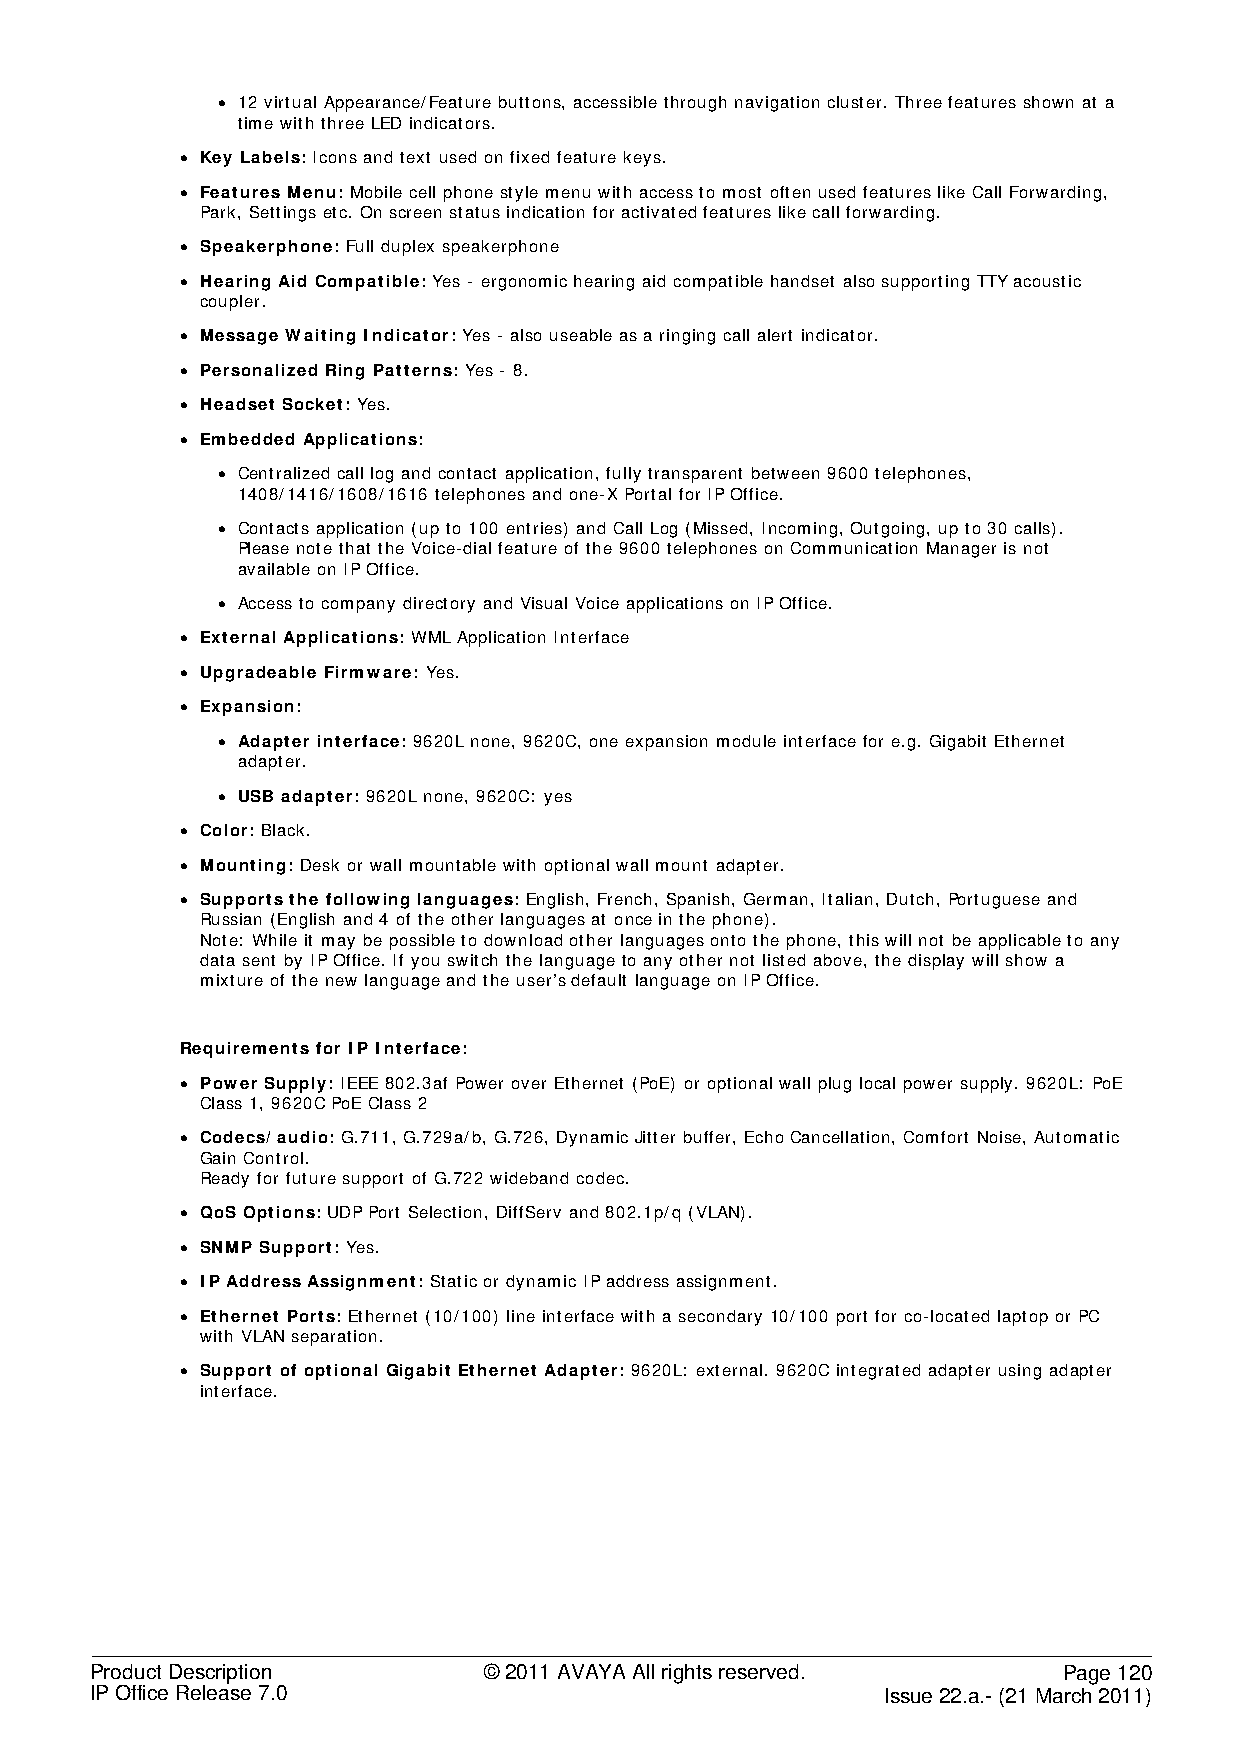
• 12 virtual Appearance/Feature buttons, accessible through navigation cluster. Three features shown at a
 time with three LED indicators.
 • Key Labels: Icons and text used on fixed feature keys.
 • Features Menu: Mobile cell phone style menu with access to most often used features like Call Forwarding,
 Park, Settings etc. On screen status indication for activated features like call forwarding.
 • Speakerphone: Full duplex speakerphone
 • Hearing Aid Compatible: Yes - ergonomic hearing aid compatible handset also supporting TTY acoustic
 coupler.
 • Message Waiting Indicator: Yes - also useable as a ringing call alert indicator.
 • Personalized Ring Patterns: Yes - 8.
 • Headset Socket: Yes.
 • Embedded Applications:
 • Centralized call log and contact application, fully transparent between 9600 telephones,
 1408/1416/1608/1616 telephones and one-X Portal for IP Office.
 • Contacts application (up to 100 entries) and Call Log (Missed, Incoming, Outgoing, up to 30 calls).
 Please note that the Voice-dial feature of the 9600 telephones on Communication Manager is not
 available on IP Office.
 • Access to company directory and Visual Voice applications on IP Office.
 • External Applications: WML Application Interface
 • Upgradeable Firmware: Yes.
 • Expansion:
 • Adapter interface: 9620L none, 9620C, one expansion module interface for e.g. Gigabit Ethernet
 adapter.
 • USB adapter: 9620L none, 9620C: yes
 • Color: Black.
 • Mounting: Desk or wall mountable with optional wall mount adapter.
 • Supports the following languages: English, French, Spanish, German, Italian, Dutch, Portuguese and
 Russian (English and 4 of the other languages at once in the phone).
 Note: While it may be possible to download other languages onto the phone, this will not be applicable to any
 data sent by IP Office. If you switch the language to any other not listed above, the display will show a
 mixture of the new language and the user’s default language on IP Office.
 Requirements for IP Interface:
 • Power Supply: IEEE 802.3af Power over Ethernet (PoE) or optional wall plug local power supply. 9620L: PoE
 Class 1, 9620C PoE Class 2
 • Codecs/ audio: G.711, G.729a/b, G.726, Dynamic Jitter buffer, Echo Cancellation, Comfort Noise, Automatic
 Gain Control.
 Ready for future support of G.722 wideband codec.
 • QoS Options: UDP Port Selection, DiffServ and 802.1p/q (VLAN).
 • SNMP Support: Yes.
 • IP Address Assignment: Static or dynamic IP address assignment.
 • Ethernet Ports: Ethernet (10/100) line interface with a secondary 10/100 port for co-located laptop or PC
 with VLAN separation.
 • Support of optional Gigabit Ethernet Adapter: 9620L: external. 9620C integrated adapter using adapter
 interface.
 Product Description       © 2011 AVAYA All rights reserved.     Page 120
 IP Office Release 7.0                                Issue 22.a.- (21 March 2011)